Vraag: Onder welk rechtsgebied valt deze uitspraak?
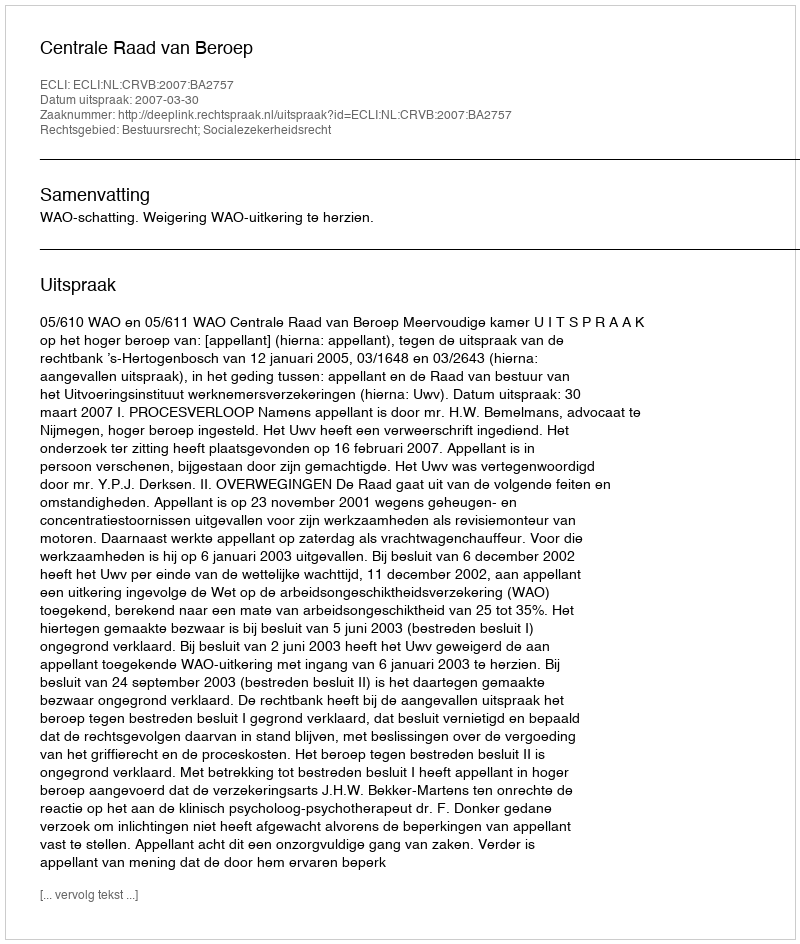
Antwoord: Bestuursrecht; Socialezekerheidsrecht